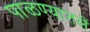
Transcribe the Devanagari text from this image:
पाळण्यातलें